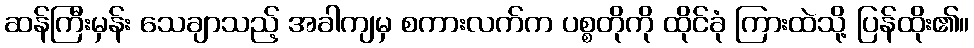
ဆန်ကြီးမှန်း သေချာသည့် အခါကျမှ စကားလက်က ပစ္စတိုကို ထိုင်ခုံ ကြားထဲသို့ ပြန်ထိုး၏။